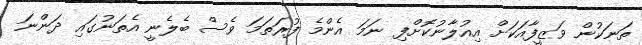
ތަނަކުން ވަޒީފާއަކަށް އިއުލާނުކޮށްފި ނަމަ އެންމެ ފުރަތަމަ ވެސް ބެލެނީ އެތަނުގައި ދަންނަ